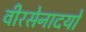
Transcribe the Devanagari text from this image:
वीरसेनादयो